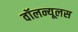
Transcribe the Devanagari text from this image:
वॉलन्यूलस